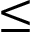
\leq